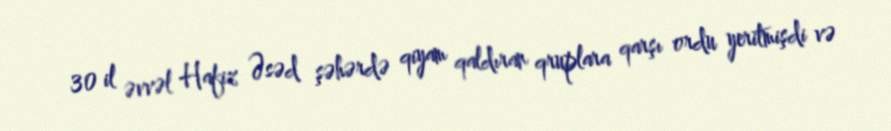
30 il əvvəl Hafiz Əsəd şəhərdə qiyam qaldıran qruplara qarşı ordu yeritmişdi və